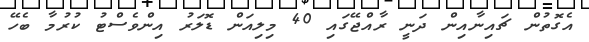
އެގޮތުން ޗައިނާއިން ދަނީ ރާއްޖޭގައި 40 މިލިއަން ޑޮލަރު އިންވެސްޓު ކުރުމާ ބެހޭ